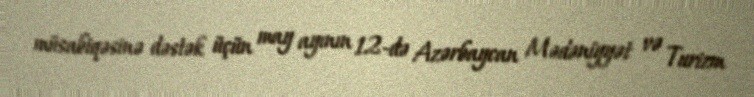
müsabiqəsinə dəstək üçün may ayının 12-də Azərbaycan Mədəniyyət və Turizm